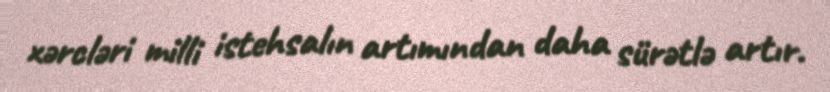
xərcləri milli istehsalın artımından daha sürətlə artır.